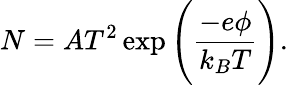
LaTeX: N=AT^{2}\exp\Bigg(\frac{-e\phi}{k_{B}T}\Bigg).